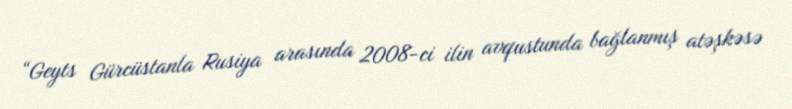
“Geyts Gürcüstanla Rusiya arasında 2008-ci ilin avqustunda bağlanmış atəşkəsə